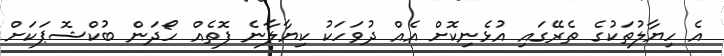
އެ ހިޔާލުތަކުގެ ތެރޭގައި އުޅެނިކޮށް އެއް ދުވަހަކު ކިޔާލާނެ ފޮތެއް ހޯދަން ބުކްޝޮޕަކަށް